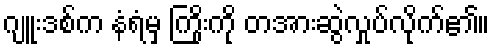
ဂျူးဒစ်က နံရံမှ ကြိုးကို တအားဆွဲလှုပ်လိုက်၏။